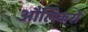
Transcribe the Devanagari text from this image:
औलिकरों